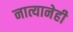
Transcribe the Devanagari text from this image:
नात्यानेही